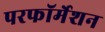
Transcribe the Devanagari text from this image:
परफॉर्मेशन